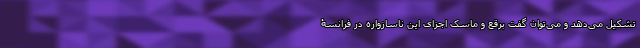
تشکیل می‌دهد و می‌توان گفت برقع و ماسک اجزای این ناسازواره در فرانسۀ